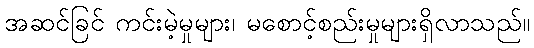
အဆင်ခြင် ကင်းမဲ့မှုများ၊ မစောင့်စည်းမှုများရှိလာသည်။